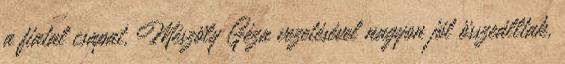
a fiatal csapat, Mészöly Géza vezetésével nagyon jól összeálltak,